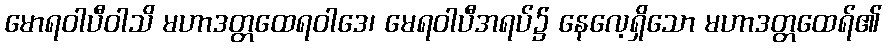
မောရဝါပီဝါသိ မဟာဒတ္တထေရဝါဒေ၊ မေရဝါပီအရပ်၌ နေလေ့ရှိသော မဟာဒတ္တထေရ်၏